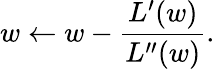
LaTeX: w\leftarrow w-\frac{L^{\prime}(w)}{L^{\prime\prime}(w)}.